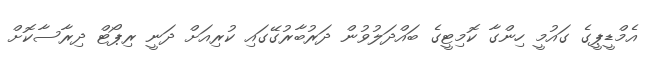
އެމްޑީޕީގެ ގައުމީ ހިންގާ ކޮމިޓީގެ ބައްދަލުވުން ދަރުބާރުގޭގައި ކުރިއަށް ދަނީ ރިޕޯޓް ދިރާސާކޮށް